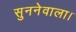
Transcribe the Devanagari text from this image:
सुननेवाला।